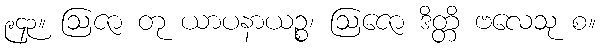
၉၄၃။ ဩဇာ တု ယာပနာယဉ္စ၊ ဩဇော ဒိတ္တိ ဗလေသု စ။